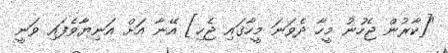
"[ކާރުން ޖެހުނު މީހާ ދެވަނަ މީހާގައި ޖެހި] އޭނާ އަށް އަނިޔާވެފައި ވަނީ